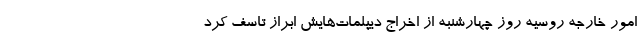
امور خارجه روسیه روز چهارشنبه از اخراج دیپلمات‌هایش ابراز تاسف کرد